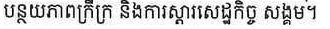
បន្ថយភាពក្រីក្រ និងការស្តារសេដ្ឋកិច្ច សង្គម